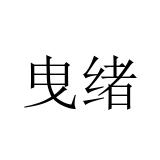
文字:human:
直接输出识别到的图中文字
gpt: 曳绪